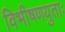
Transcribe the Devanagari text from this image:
विभीषणयुताः